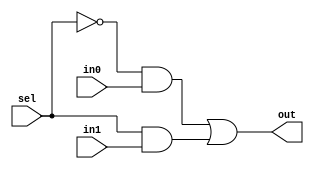
module mux_2_1_dataflow(out,in0,in1,sel);
output out;
input in0,in1;
input sel;
assign out = (~sel&in0)| (sel&in1);
endmodule